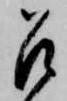
召